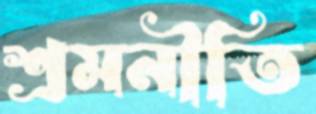
শ্রমনীতি